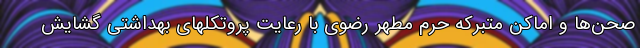
صحن‌ها و اماکن متبرکه حرم مطهر رضوی با رعایت پروتکلهای بهداشتی گشایش